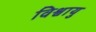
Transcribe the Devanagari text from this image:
विश्वायु